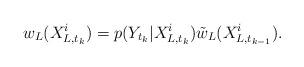
LaTeX: \begin{align*}w_{L}(X_{L,t_k}^{i}) = p(Y_{t_k}|X_{L,t_k}^{i})\tilde{w}_L(X_{L,t_{k-1}}^{i}).\end{align*}